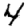
Digit: 4